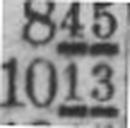
1013